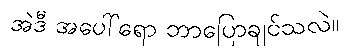
အဲဒီ အပေါ်ရော ဘာပြောချင်သလဲ။